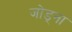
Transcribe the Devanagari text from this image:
जोड्ना